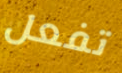
تفعل